Vaccination in Bombay 1924-1928 - 1924-1928
Year: 1924
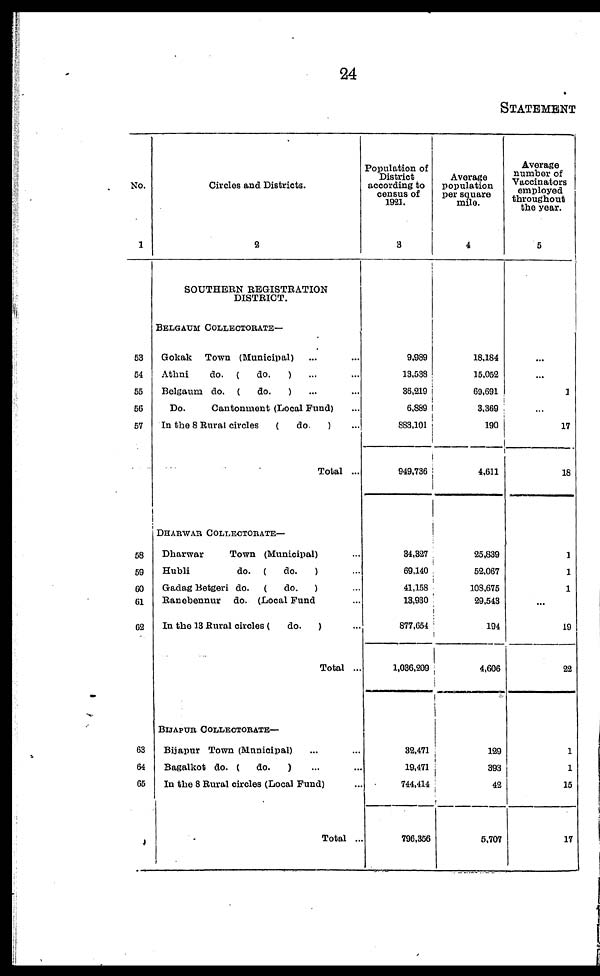
24
STATEMENT
No.
1
53
54
55
56
57
58
59
60
61
62
63
64
65
Circles and Districts.
2
SOUTHERN REGISTRATION
DISTRICT.
BELGAUM COLLECTORATE—
Gokak
Town (Municipal) ... ...
Athni
do. (
do.
) ... ...
Belgaum do. (
do.
) ... ...
Do.
Cantonment (Local Fund) ...
In the 8 Rural circles
(
do.
) ...
Total ...
DHARWAR COLLECTORATE—
Dharwar
Town (Municipal) ...
Hubli
do. (
do.
) ...
Gadag Betgeri do.
(
do.
) ...
Ranebennur
do. (Local Fund ...
In the 13 Rural circles (
do.
) ...
Total ...
BIJAPUR COLLECTORATE—
Bijapur Town (Municipal) ... ...
Bagalkot do. (
do.
) ... ...
In the 8 Rural circles (Local Fund) ...
Total ...
Population of
District
according to
census of
1921.
3
9,989
13,038
36,219
6,889
883,101
949,736
34,327
69,140
41,158
13,930
877,654
1,036,209
32,471
19,471
744,414
796,356
Average
population
per square
mile.
4
18,184
15,052
69,691
3,369
190
4,611
25,839
52,067
108,675
29,543
194
4,606
129
393
42
5,707
Average
number of
Vaccinators
employed
throughout
the year.
5
...
...
1
...
17
18
1
1
1
...
19
22
1
1
15
17